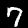
Digit: 7